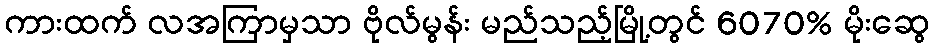
ကားထက် လအကြာမှသာ ဗိုလ်မွန်း မည်သည့်မြို့တွင် 6070% မိုးဆွေ